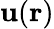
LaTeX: \mathbf{u}(\mathbf{{r}})